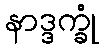
နာဒ္ဒက္ခုံ